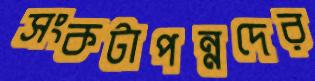
সংকটাপন্নদের